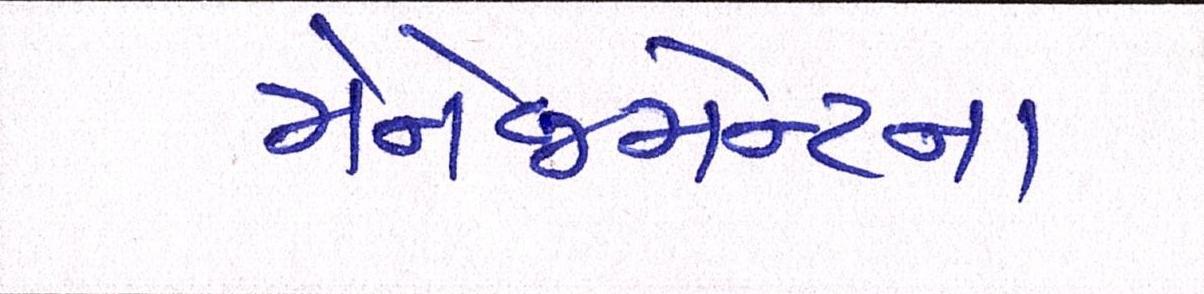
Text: મેનેજમેન્ટના